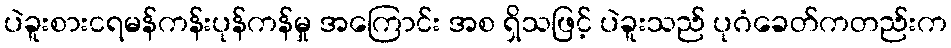
ပဲခူးစားငရမန်ကန်းပုန်ကန်မှု အကြောင်း အစ ရှိသဖြင့် ပဲခူးသည် ပုဂံခေတ်ကတည်းက